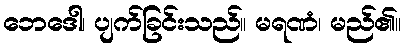
ဘေဒေါ၊ ပျက်ခြင်းသည်။ မရဏံ၊ မည်၏။